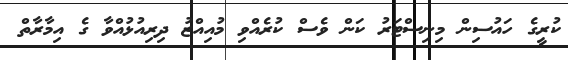
ކުރީގެ ހައުސިން މިނިސްޓަރު ކަން ވެސް ކުރެއްވި މުއިއްޒު ދިރިއުޅުއްވާ ގެ އިމާރާތް